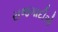
રાજગાદીએ